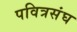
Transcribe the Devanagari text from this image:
पवित्रसंघ